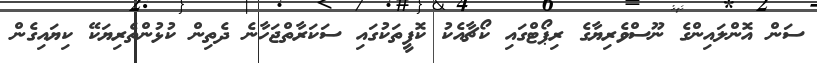
ސަން އޮންލައިންގެ ނޫސްވެރިޔާގެ ރިޕޯޓްގައި ކޯޗާއެކު ކޮފީތަކުގައި ސަކަރާތްޖަހާނެ ދެތިން ކުޅުންތެރިޔަކޭ ކިޔައިގެން